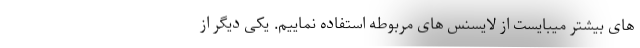
های بیشتر میبایست از لایسنس های مربوطه استفاده نماییم. یکی دیگر از